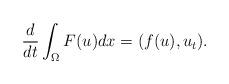
LaTeX: \begin{align*}\frac{d}{dt}\int_{\Omega}F(u)dx=(f(u),u_t).\end{align*}